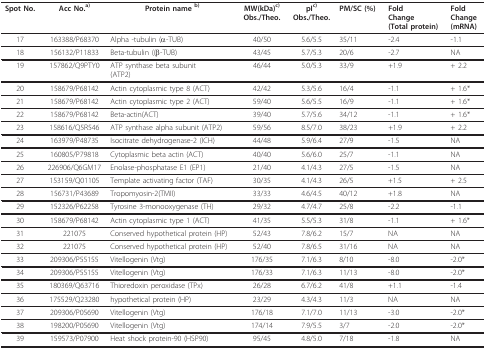
<table><thead><tr><td><b>Spot No.</b></td><td><b>Acc No.<sup>a)</sup></b></td><td><b>Protein name <sup>b)</sup></b></td><td><b>MW(kDa)<sup>c)</sup>Obs./Theo.</b></td><td><b>pI<sup>c)</sup>Obs./Theo.</b></td><td><b>PM/SC (%)</b></td><td><b>FoldChange(Total protein)</b></td><td><b>FoldChange(mRNA)</b></td></tr></thead><tbody><tr><td>17</td><td>163388/P68370</td><td>Alpha -tubulin (α-TUB)</td><td>40/50</td><td>5.6/5.5</td><td>35/11</td><td>-2.4</td><td>-1.1</td></tr><tr><td>18</td><td>156132/P11833</td><td>Beta-tubulin ((β-TUB)</td><td>43/45</td><td>5.7/5.3</td><td>20/6</td><td>-2.7</td><td>NA</td></tr><tr><td>19</td><td>157862/Q9PTY0</td><td>ATP synthase beta subunit(ATP2)</td><td>46/44</td><td>5.0/5.3</td><td>33/9</td><td>+1.9</td><td>+ 2.2</td></tr><tr><td>20</td><td>158679/P68142</td><td>Actin cytoplasmic type 8 (ACT)</td><td>42/42</td><td>5.3/5.6</td><td>16/4</td><td>-1.1</td><td>+ 1.6*</td></tr><tr><td>21</td><td>158679/P68142</td><td>Actin cytoplasmic type 2 (ACT)</td><td>59/40</td><td>5.6/5.5</td><td>16/9</td><td>-1.1</td><td>+ 1.6*</td></tr><tr><td>22</td><td>158679/P68142</td><td>Beta-actin(ACT)</td><td>39/40</td><td>5.7/5.6</td><td>34/12</td><td>-1.1</td><td>+ 1.6*</td></tr><tr><td>23</td><td>158616/Q5R546</td><td>ATP synthase alpha subunit (ATP2)</td><td>59/56</td><td>8.5/7.0</td><td>38/23</td><td>+1.9</td><td>+ 2.2</td></tr><tr><td>24</td><td>163979/P48735</td><td>Isocitrate dehydrogenase-2 (ICH)</td><td>44/48</td><td>5.9/6.4</td><td>27/9</td><td>-1.5</td><td>NA</td></tr><tr><td>25</td><td>160805/P79818</td><td>Cytoplasmic beta actin (ACT)</td><td>40/40</td><td>5.6/6.0</td><td>25/7</td><td>-1.1</td><td>NA</td></tr><tr><td>26</td><td>226906/Q6GM17</td><td>Enolase-phosphatase E1 (EP1)</td><td>21/40</td><td>4.1/4.3</td><td>27/5</td><td>-1.5</td><td>NA</td></tr><tr><td>27</td><td>153159/Q01105</td><td>Template activating factor (TAF)</td><td>30/35</td><td>4.1/4.3</td><td>26/5</td><td>+1.5</td><td>+ 2.5</td></tr><tr><td>28</td><td>156731/P43689</td><td>Tropomyosin-2(TMII)</td><td>33/33</td><td>4.6/4.5</td><td>40/12</td><td>+1.8</td><td>NA</td></tr><tr><td>29</td><td>152326/P62258</td><td>Tyrosine 3-monooxygenase (TH)</td><td>29/32</td><td>4.7/4.7</td><td>25/8</td><td>-2.2</td><td>-1.1</td></tr><tr><td>30</td><td>158679/P68142</td><td>Actin cytoplasmic type 1 (ACT)</td><td>41/35</td><td>5.5/5.3</td><td>31/8</td><td>-1.1</td><td>+ 1.6*</td></tr><tr><td>31</td><td>221075</td><td>Conserved hypothetical protein (HP)</td><td>52/43</td><td>7.8/6.2</td><td>15/7</td><td>NA</td><td>NA</td></tr><tr><td>32</td><td>221075</td><td>Conserved hypothetical protein (HP)</td><td>52/40</td><td>7.8/6.5</td><td>31/16</td><td>NA</td><td>NA</td></tr><tr><td>33</td><td>209306/P55155</td><td>Vitellogenin (Vtg)</td><td>176/35</td><td>7.1/6.3</td><td>8/10</td><td>-8.0</td><td>-2.0*</td></tr><tr><td>34</td><td>209306/P55155</td><td>Vitellogenin (Vtg)</td><td>176/33</td><td>7.1/6.3</td><td>11/13</td><td>-8.0</td><td>-2.0*</td></tr><tr><td>35</td><td>180369/Q63716</td><td>Thioredoxin peroxidase (TPx)</td><td>26/28</td><td>6.7/6.2</td><td>41/8</td><td>+1.1</td><td>-1.4</td></tr><tr><td>36</td><td>175529/Q23280</td><td>hypothetical protein (HP)</td><td>23/29</td><td>4.3/4.3</td><td>11/3</td><td>NA</td><td>NA</td></tr><tr><td>37</td><td>209306/P05690</td><td>Vitellogenin (Vtg)</td><td>176/18</td><td>7.1/7.0</td><td>11/13</td><td>-3.0</td><td>-2.0*</td></tr><tr><td>38</td><td>198200/P05690</td><td>Vitellogenin (Vtg)</td><td>174/14</td><td>7.9/5.5</td><td>3/7</td><td>-2.0</td><td>-2.0*</td></tr><tr><td>39</td><td>159573/P07900</td><td>Heat shock protein-90 (HSP90)</td><td>95/45</td><td>4.8/5.0</td><td>7/18</td><td>-1.8</td><td>NA</td></tr></tbody></table>